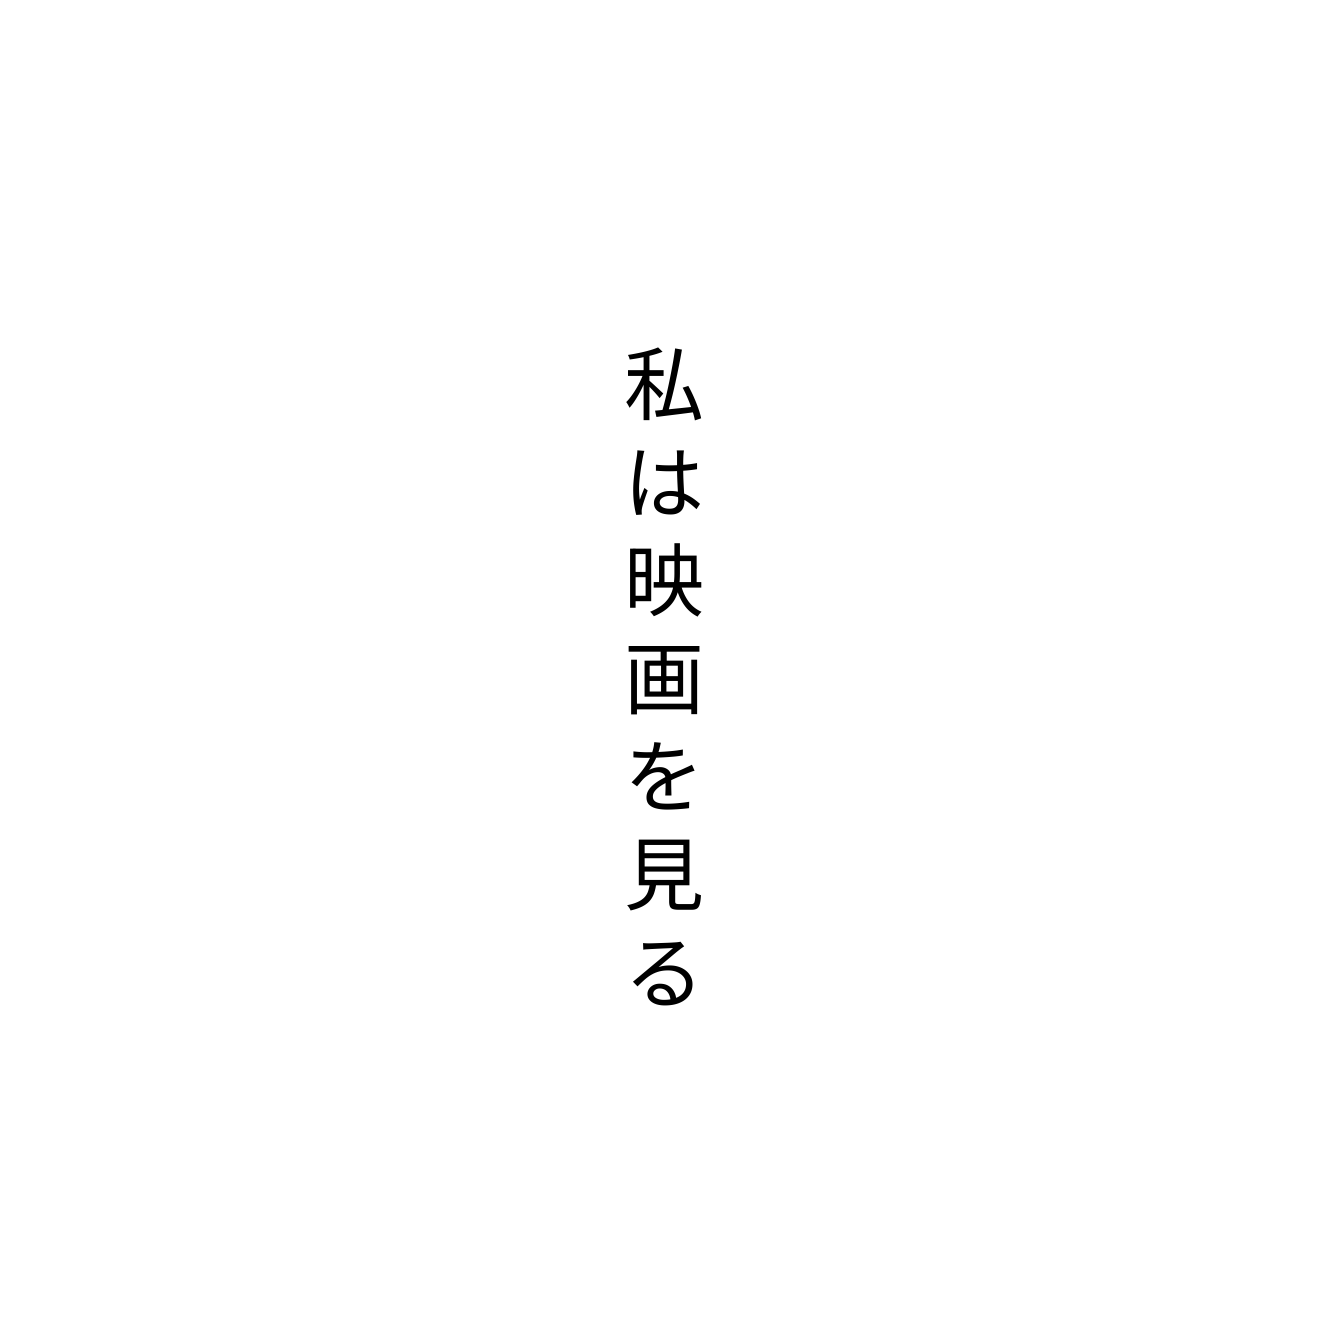
私は映画を見る